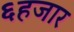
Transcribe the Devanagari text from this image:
६हजार